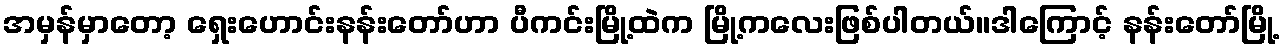
အမှန်မှာတော့ ရှေးဟောင်းနန်းတော်ဟာ ပီကင်းမြို့ထဲက မြို့ကလေးဖြစ်ပါတယ်။ဒါကြောင့် နန်းတော်မြို့